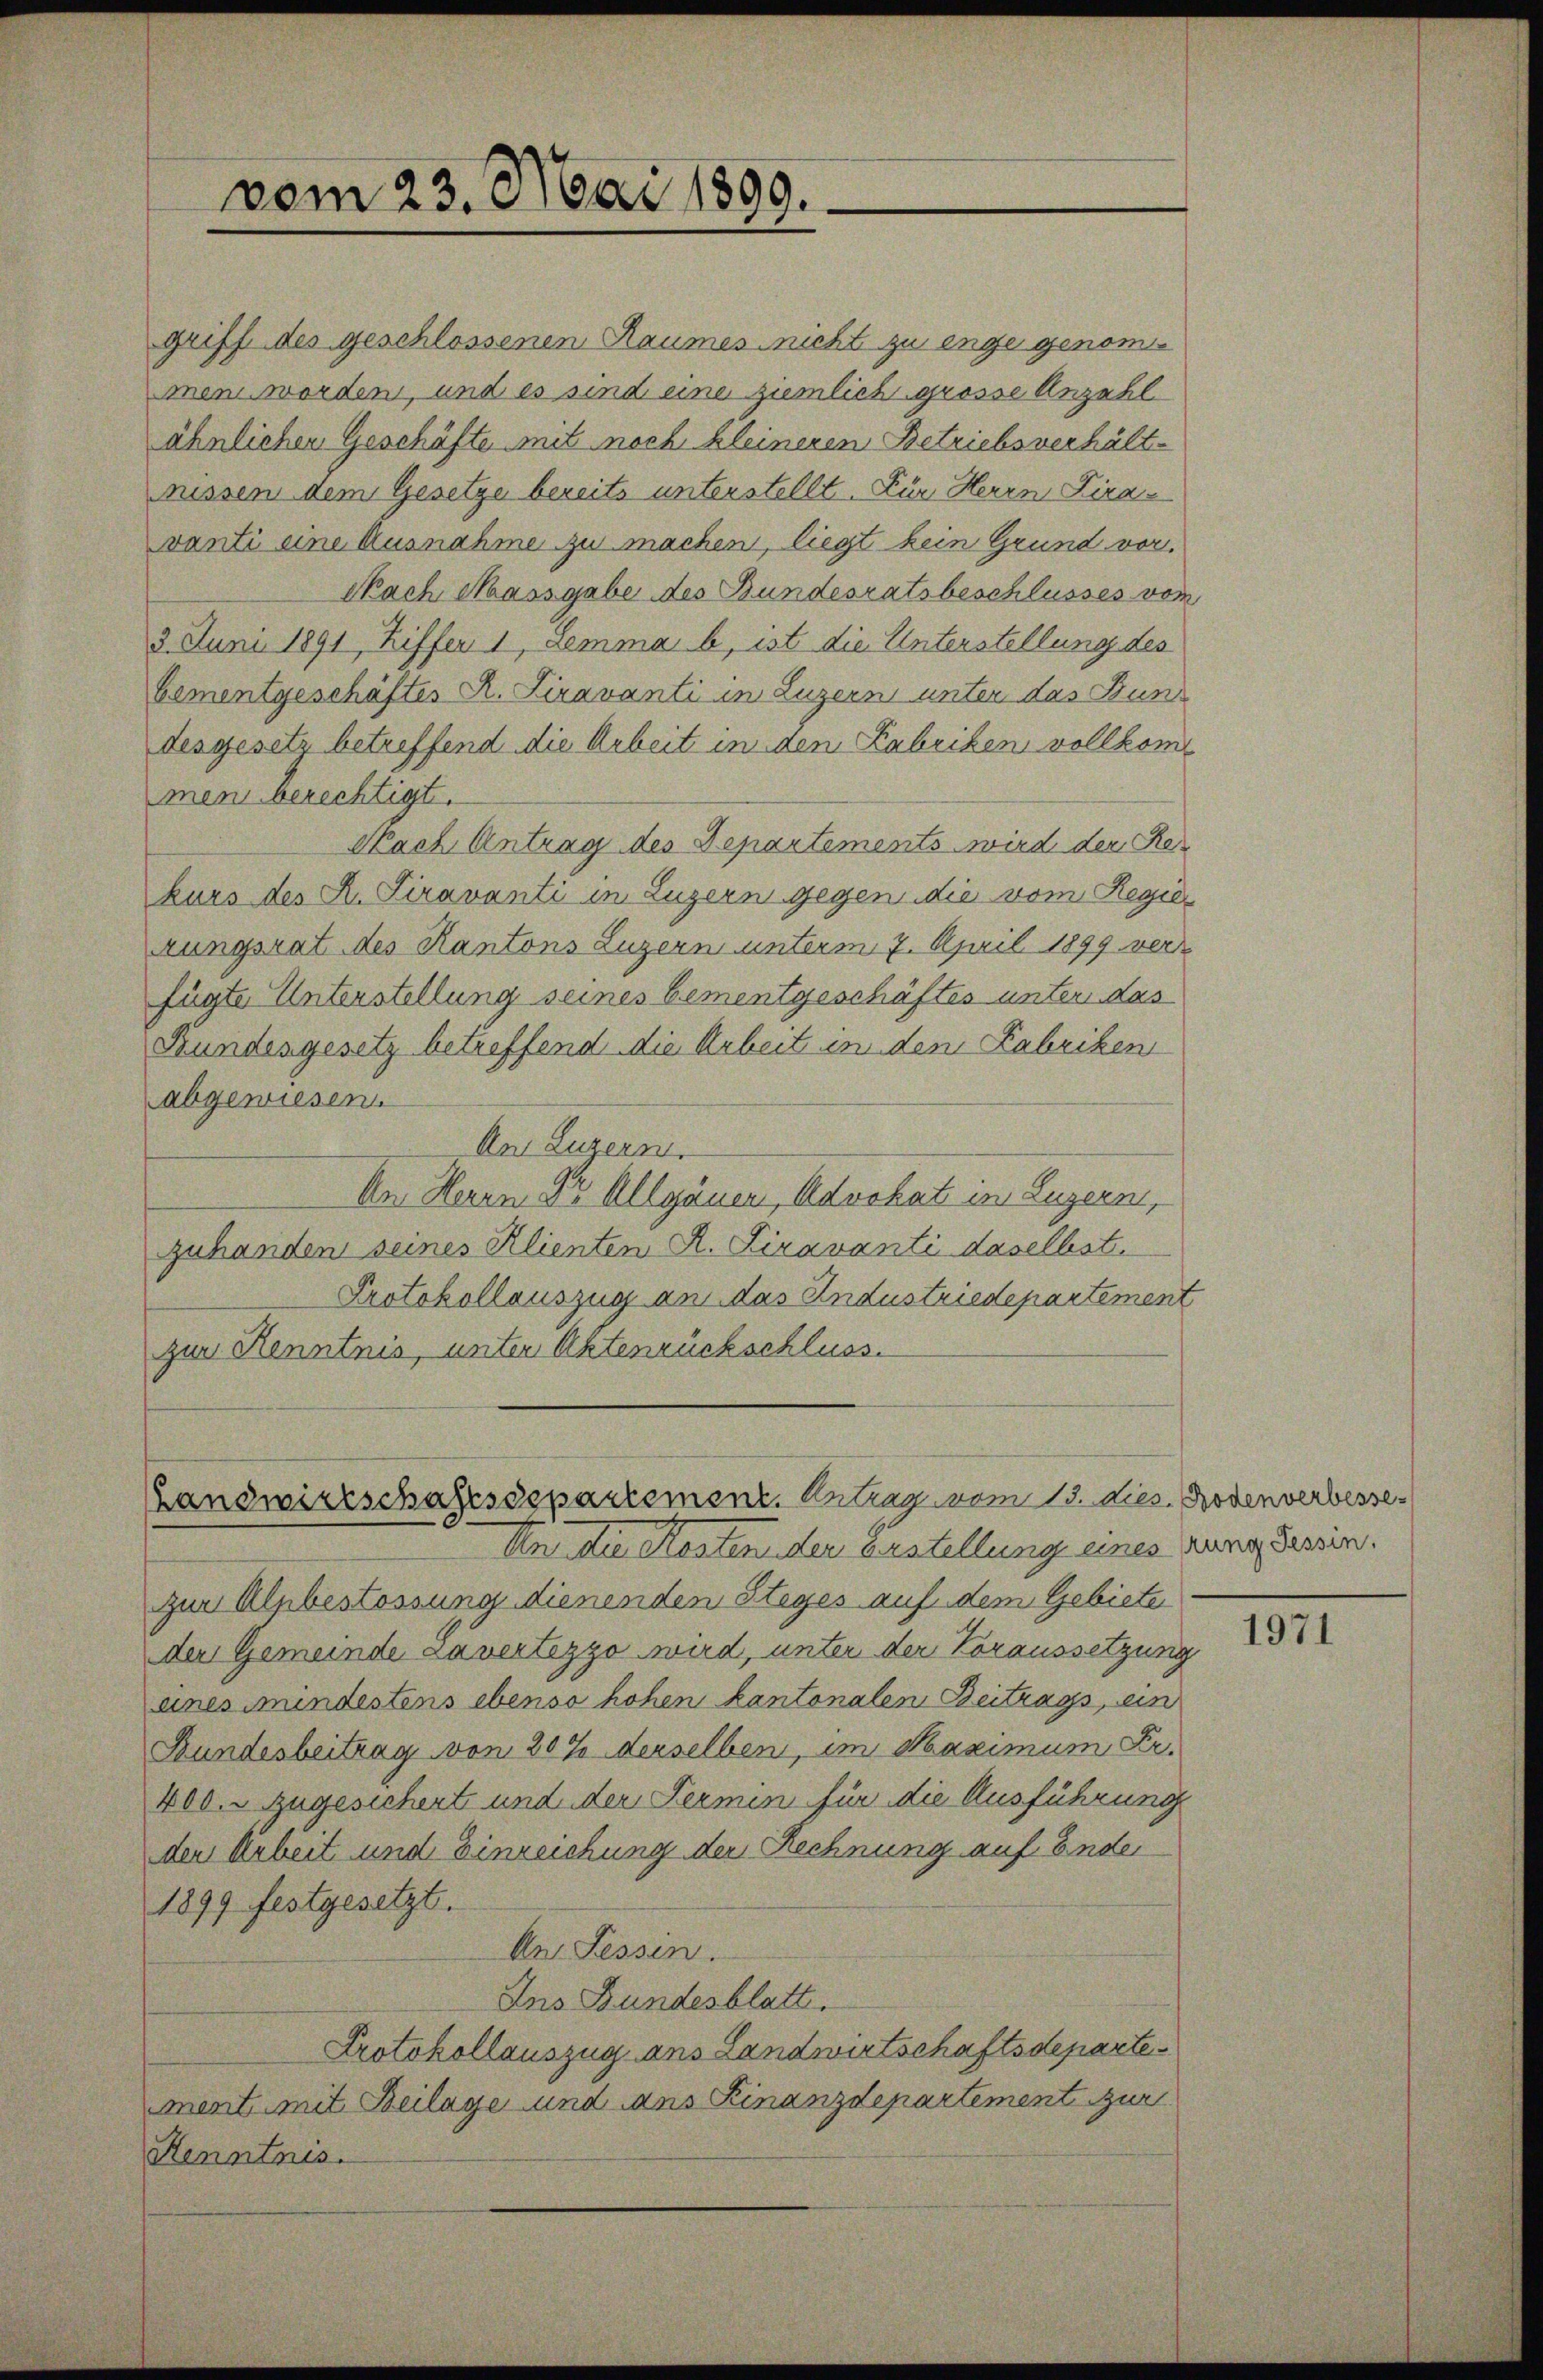
vom 23. Mai 1899.

griff des geschlossenen Raumes nicht zu enge genommen worden, und es sind eine ziemlich grosse Anzahl
ähnlichen Geschäfte mit noch kleineren Betriebsverhält-
nissen dem Gesetze bereits unterstellt. Für Herrn Piravanti eine Ausnahme zu machen, liegt kein Grund vor.
Nach Massgabe des Bundesratsbeschlusses vom
3. Juni 1891, Ziffer 1, Lemma b, ist die Unterstellung des
Cementgeschäftes R. Siravanti in Luzern unter das Buns
desgesetz betreffend die Arbeit in den Fabriken vollkommen berechtigt.
Nach Antrag des Departements wird der Rekurs des K. Siravanti in Luzern gegen die vom Regie
zungsrat des Kantons Luzern unterm 7. April 1899 verfügte Unterstellung seines bementgeschäftes unter das
Kundesgesetz betreffend die Arbeit in den Fabriken
abgewiesen.
An Luzern.
An Herrn Dr. Allgänen, Advokat in Luzern,
zuhanden seines Klienten R. Piravanti daselbst.
Protokollauszug an das Industriedepartement
zur Kenntnis, unter Aktenrückschluss.

Landwirtschaftssepartement. Antrag vom 13. dies. Rodenverbesse¬
An die Kosten der austellung eines ung Tessin.

zur Alpbestossung dienenden Steges auf dem Gebiete
der Gemeinde Lavertezzo wird, unter der Voraussetzung
eines mindestens ebenso hohen kantonalen Beitrags, ein
Bundesbeitrag von 30% derselben, im Maximum Fr.
400. zugesichert und der Fermin für die Ausführung
den Arbeit und Einreichung der Rechnung auf Ende
1899 festgesetzt.
An Tessin.
Ins Bundesblatt.
Protokollauszug ans Landwirtschaftsdepartement mit Beilage und ans Finanzdepartement zur
Henntnis.

1971